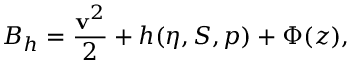
B _ { h } = \frac { { \bf v } ^ { 2 } } { 2 } + h ( \eta , S , p ) + \Phi ( z ) ,